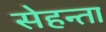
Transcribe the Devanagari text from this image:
सेहन्‍ता